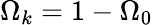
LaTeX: \Omega_{k}=1-\Omega_{0}